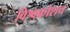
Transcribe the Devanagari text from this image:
विश्वकोशच